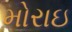
મોરાઇ